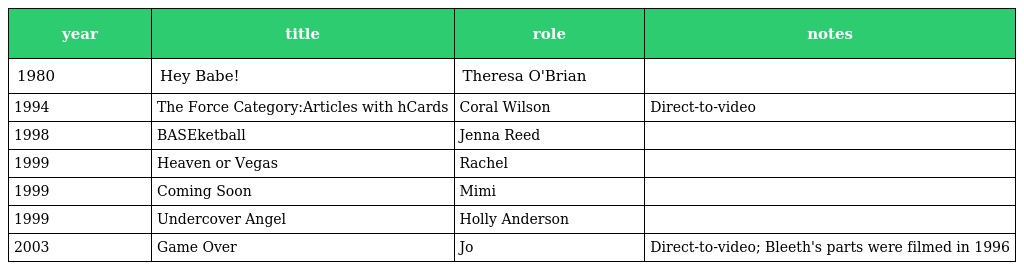
| year | title | role | notes |
 | --- | --- | --- | --- |
 | 1980 | Hey Babe! | Theresa O'Brian |  |
 | 1994 | The Force Category:Articles with hCards | Coral Wilson | Direct-to-video |
 | 1998 | BASEketball | Jenna Reed |  |
 | 1999 | Heaven or Vegas | Rachel |  |
 | 1999 | Coming Soon | Mimi |  |
 | 1999 | Undercover Angel | Holly Anderson |  |
 | 2003 | Game Over | Jo | Direct-to-video; Bleeth's parts were filmed in 1996 |